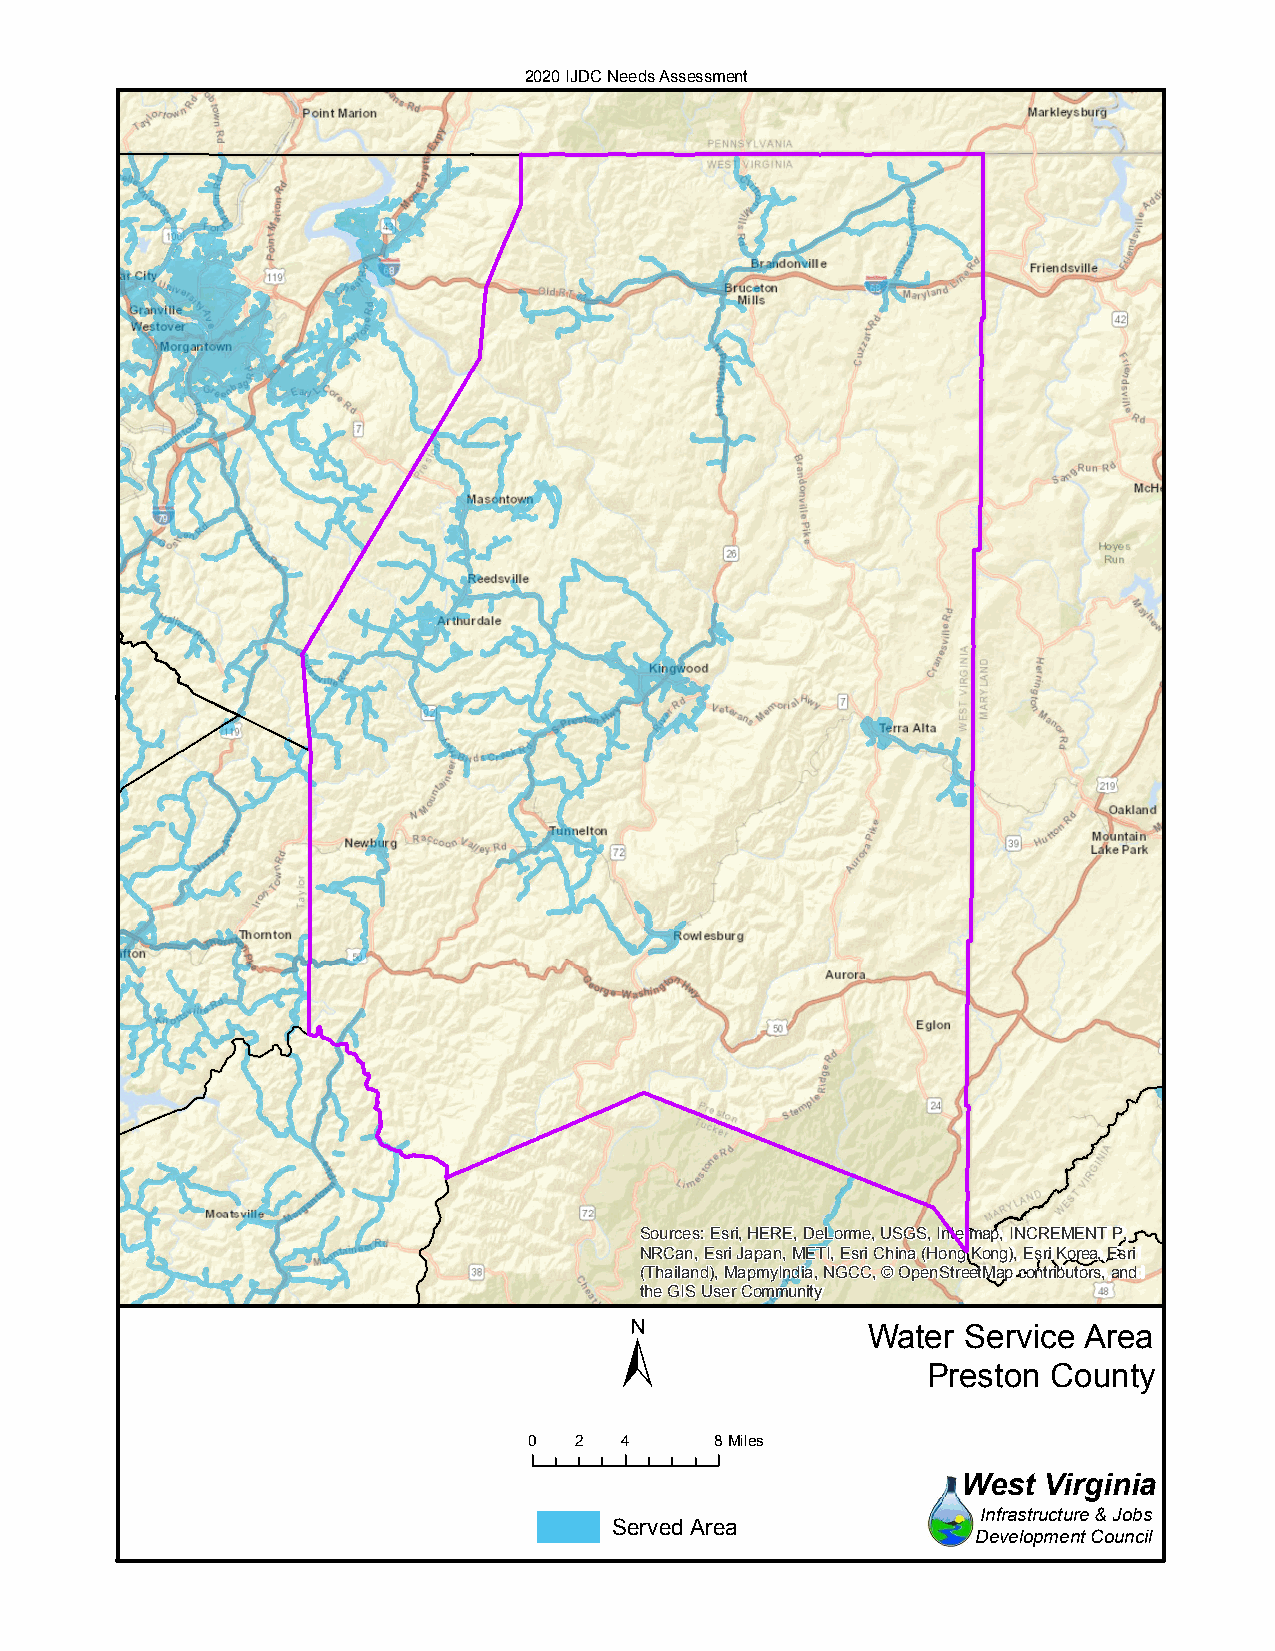
2020 IJDC Needs Assessment
 Sources: Esri, HERE, DeLorme, USGS, Intermap, INCREMENT P,
 NRCan, Esri Japan, METI, Esri China (Hong Kong), Esri Korea, Esri
 (Thailand), MapmyIndia, NGCC, © OpenStreetMap contributors, and
 the GIS User Community
 ±
 Water  Service Area
 Preston  County
 0  2  4     8Miles
 West Virginia
 Infrastructure & Jobs
 Served Area
 Development Council